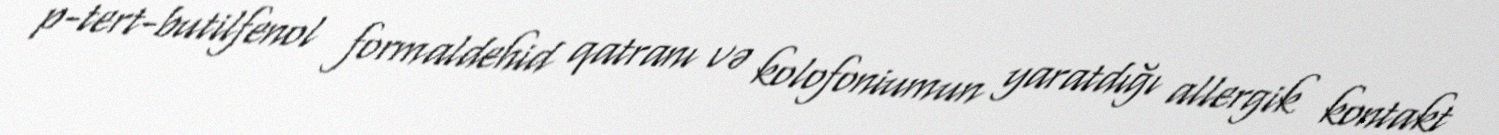
p-tert-butilfenol formaldehid qatranı və kolofoniumun yaratdığı allergik kontakt